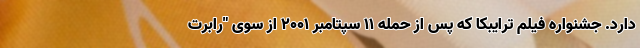
دارد. جشنواره فیلم ترایبکا که پس از حمله ۱۱ سپتامبر ۲۰۰۱ از سوی "رابرت